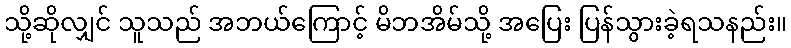
သို့ဆိုလျှင် သူသည် အဘယ်ကြောင့် မိဘအိမ်သို့ အပြေး ပြန်သွားခဲ့ရသနည်း။